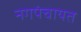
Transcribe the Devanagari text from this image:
नगपंचायत